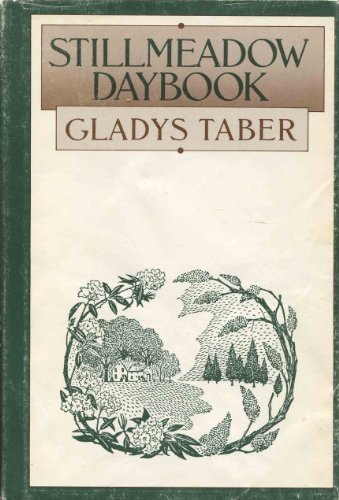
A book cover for Stillmeadow Daybook; Gladys Taber; Biographies & Memoirs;